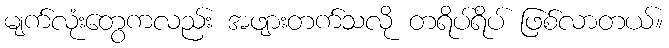
မျက်လုံးတွေကလည်း အဖျားတက်သလို တရိပ်ရိပ် ဖြစ်လာတယ်။